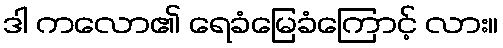
ဒါ ကလော၏ ရေခံမြေခံကြောင့် လား။